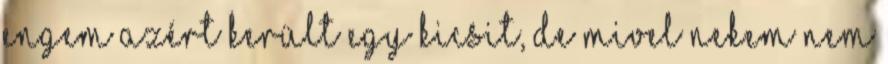
engem azért került egy kicsit, de mivel nekem nem